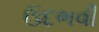
ઉદભવી